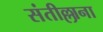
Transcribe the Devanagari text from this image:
संतील्लाना